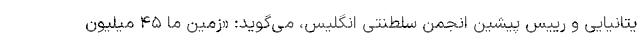
یتانیایی و رییس پیشین انجمن سلطنتی انگلیس، می‌گوید: «زمین ما ۴۵ میلیون